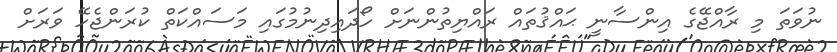
ނުވަތަ މި ރާއްޖޭގެ އިންސާނީ ޙައްޤުތައް ރައްޔިތުންނަށް ހޯދައިދިނުމުގައި މަސައްކަތް ކުރަންޖެހޭ ވަރަށް